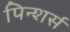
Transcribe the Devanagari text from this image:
पिन्शर्स